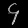
Digit: ၄